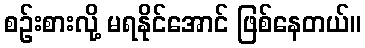
စဉ်းစားလို့ မရနိုင်အောင် ဖြစ်နေတယ်။